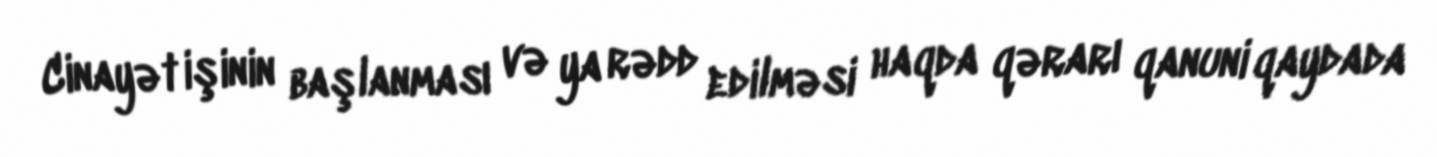
Cinayət işinin başlanması və ya rədd edilməsi haqda qərarı qanuni qaydada